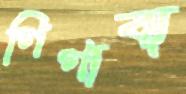
গিগাবা